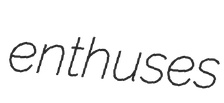
enthuses